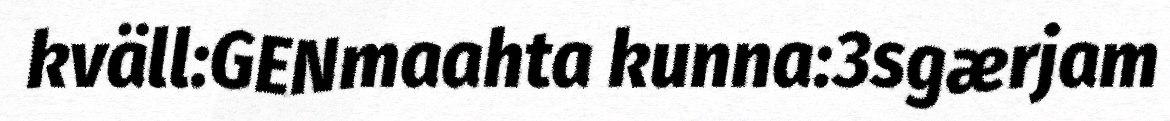
kväll:GENmaahta kunna:3sgærjam